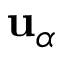
\mathbf { u } _ { \alpha }